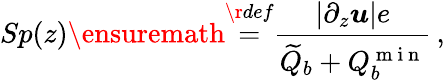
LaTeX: Sp(z)\ensuremath{\stackrel{\r{def}}{=}}\frac{|\partial_{z}\boldsymbol u|e}{\widetilde Q_{b}+Q_{b}^{\mathrm{~m~i~n~}}}\, ,